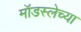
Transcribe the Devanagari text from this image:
मॉडस्लेच्या